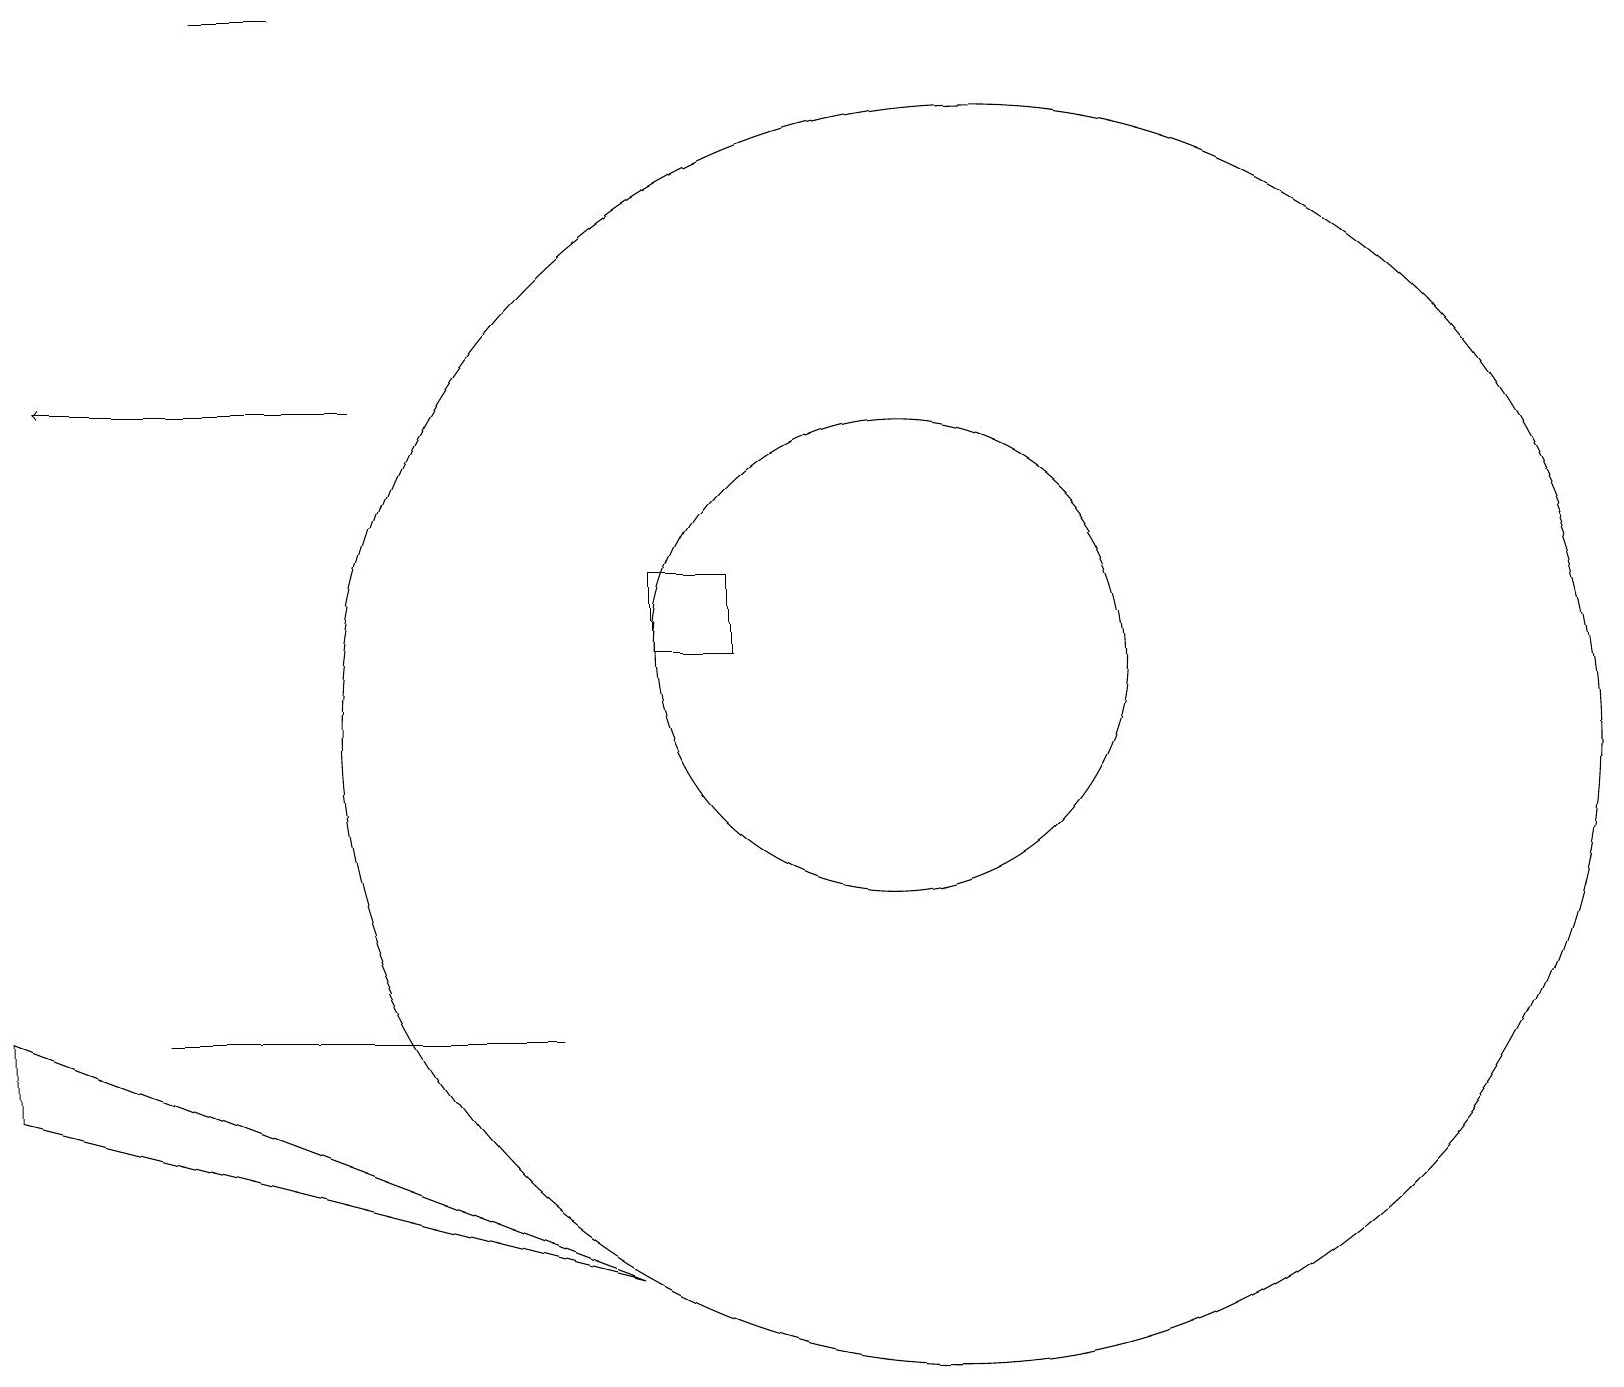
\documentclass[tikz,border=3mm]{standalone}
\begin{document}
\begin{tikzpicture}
\draw (12,10) circle (8);
\draw (8,12) rectangle (9,11);
\draw (2,19) rectangle (3,19);
\draw (7,6) -- (2,6) -- (3,6) -- cycle;
\draw (11,11) circle (3);
\draw (8,3) -- (0,6) -- (0,5) -- cycle;
\draw[->] (4,14) -- (0,14);
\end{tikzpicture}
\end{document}